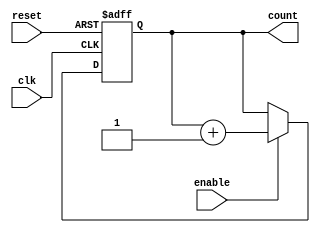
module dynamic_asynchronous_counter (
    input wire clk,             // Clock input
    input wire reset,           // Asynchronous reset
    input wire enable,          // Enable signal for counting
    output reg [3:0] count      // 4-bit counter output (adjust width as needed)
);

    // Asynchronous reset and counting logic
    always @(posedge clk or posedge reset) begin
        if (reset) begin
            count <= 4'b0000;   // Reset counter to zero
        end else if (enable) begin
            count <= count + 1; // Increment counter
        end
    end

endmodule